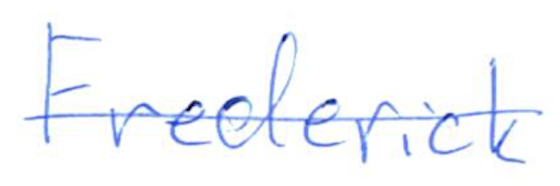
Text: Frederick
Cross-out: single-line
Writing tool: ballpoint